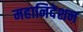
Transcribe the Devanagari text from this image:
महानिदेशन